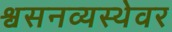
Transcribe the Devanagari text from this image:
श्वसनव्यस्थेवर